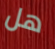
هل